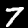
Label: 7